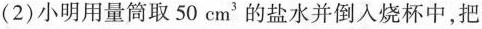
(2)小明用量筒取50cm^{3}的盐水并倒入烧杯中，把